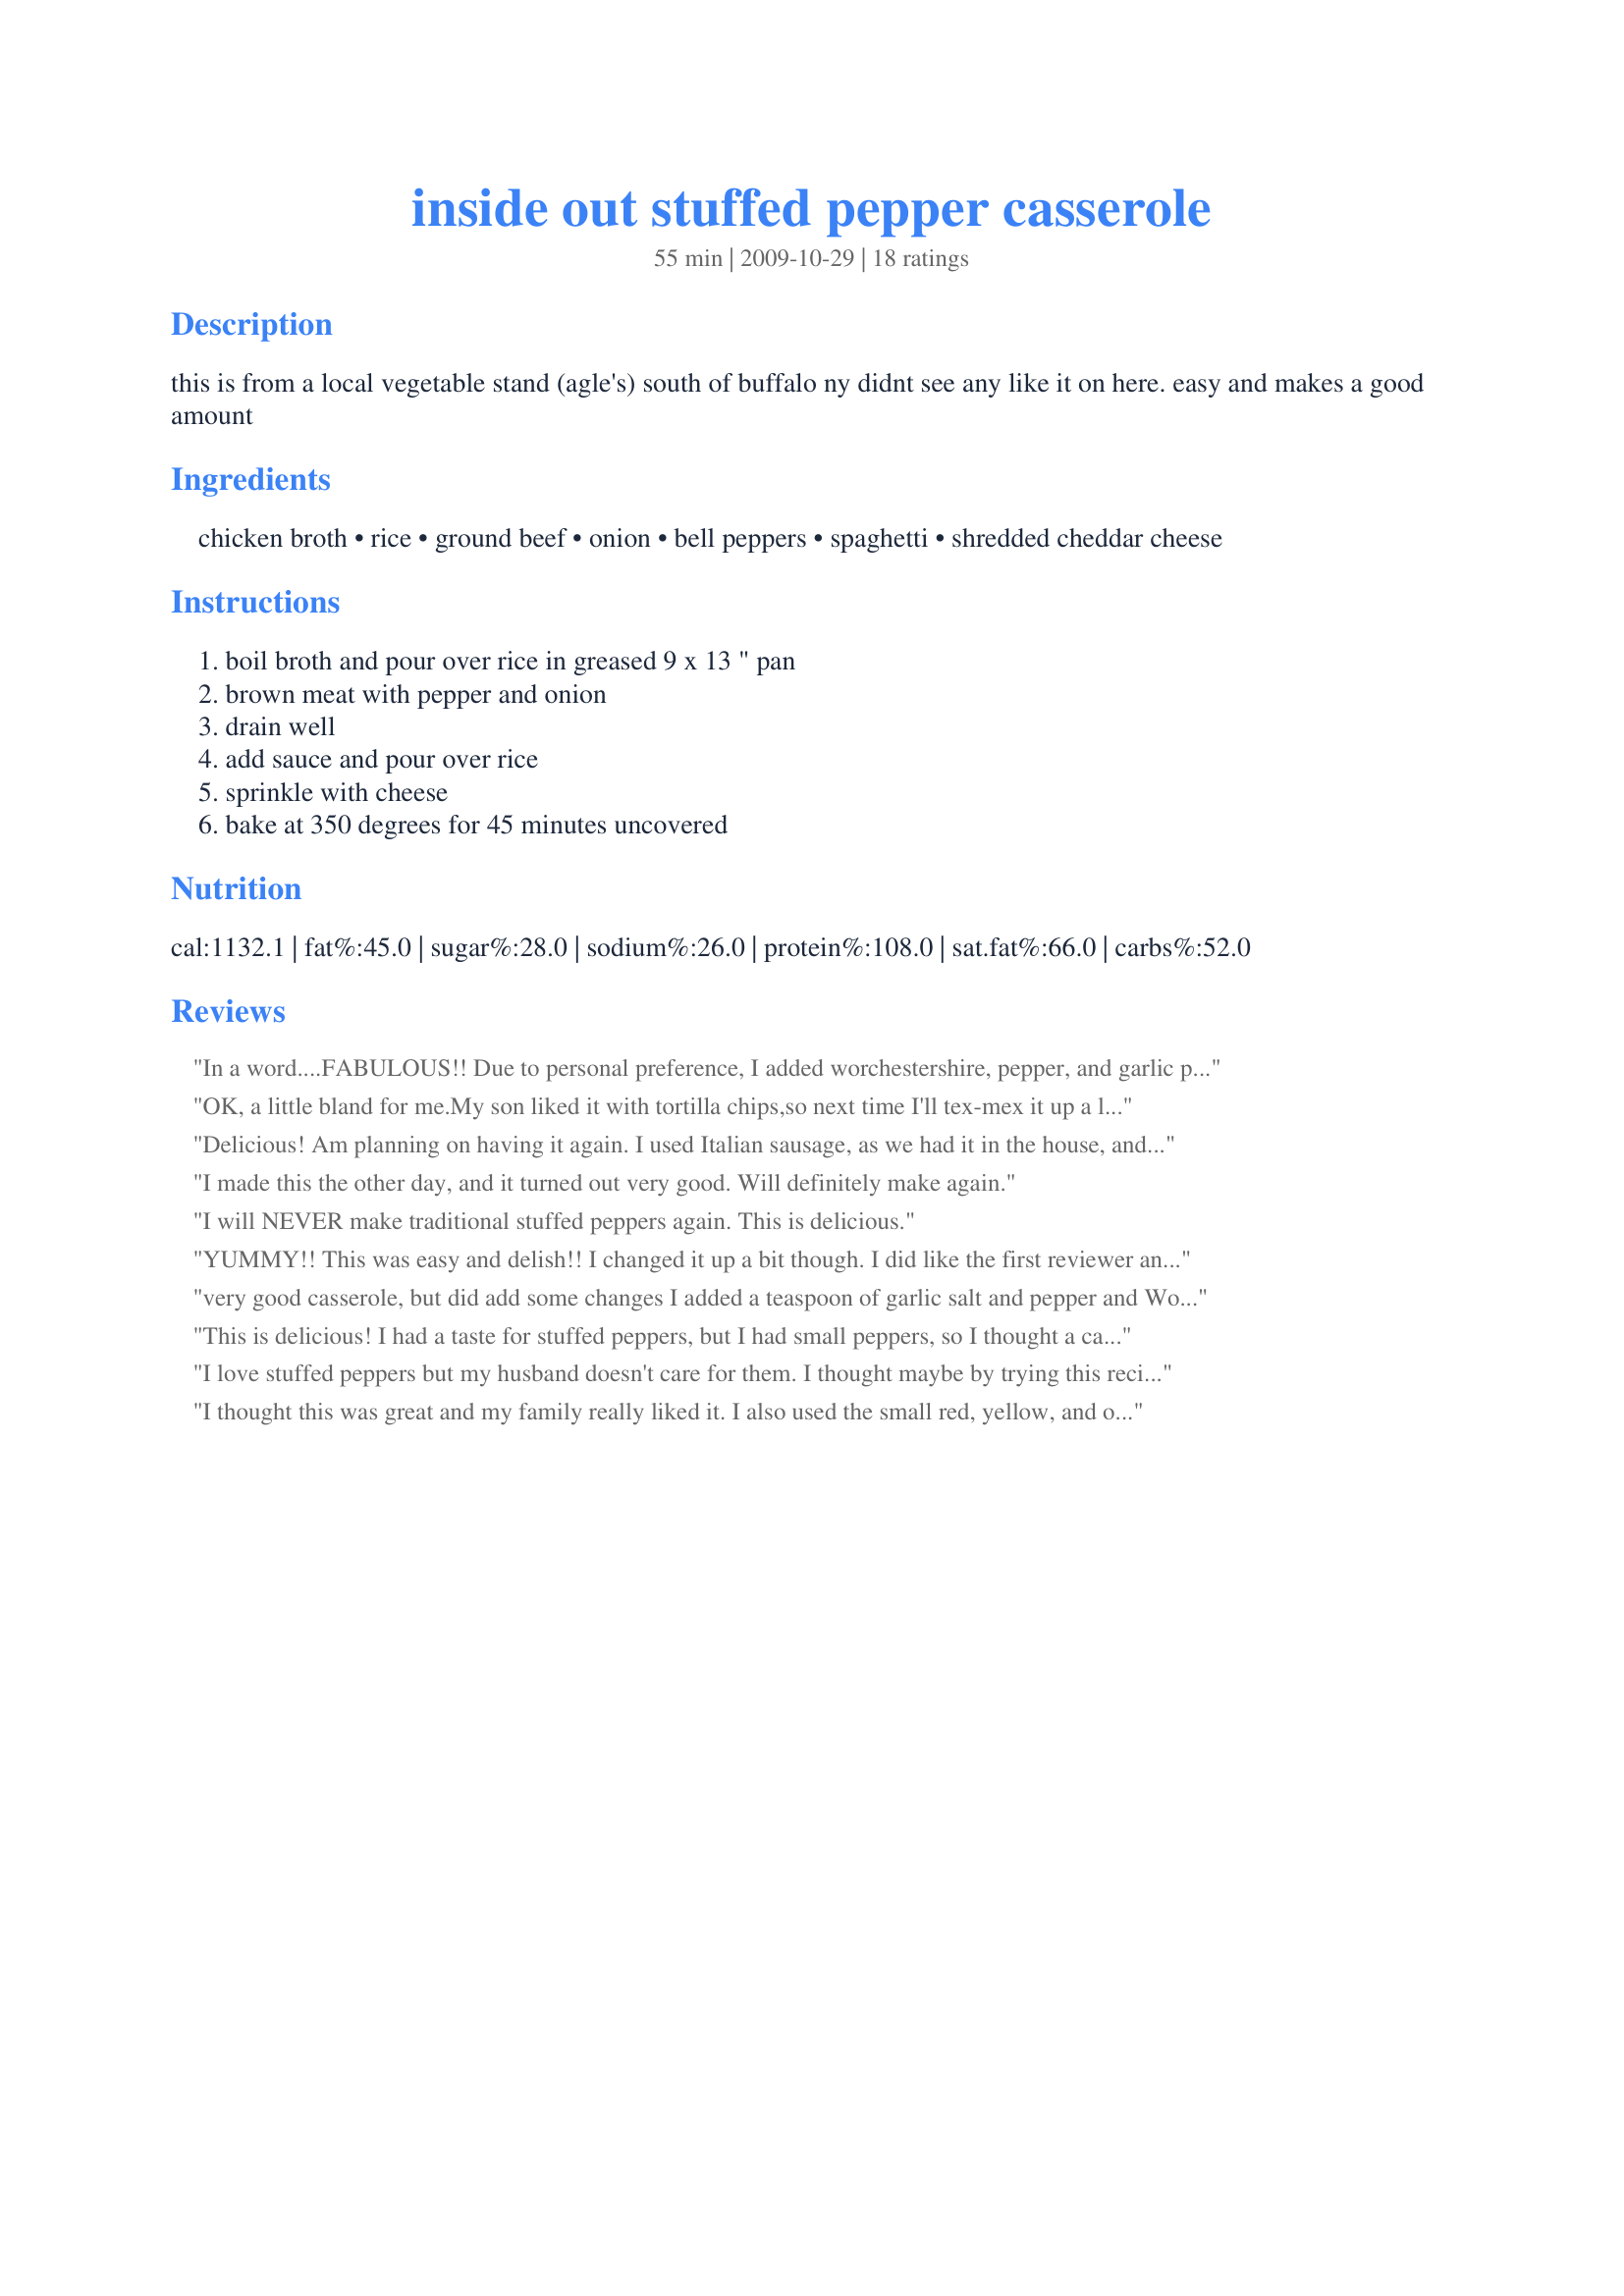
inside out stuffed pepper casserole
Preparation time: 55 minutes

this is from a local vegetable stand (agle's) south of buffalo ny
didnt see any like it on here.
easy and makes a good amount

Ingredients:
chicken broth, rice, ground beef, onion, bell peppers, spaghetti, shredded cheddar cheese

Steps:
boil broth and pour over rice in greased 9 x 13 " pan, brown meat with pepper and onion, drain well, add sauce and pour over rice, sprinkle with cheese, bake at 350 degrees for 45 minutes uncovered

Reviews:
In a word....FABULOUS!! Due to personal preference, I added worchestershire, pepper, and garlic powder.
OK, a little bland for me.My son liked it with tortilla chips,so next time I'll tex-mex it up a little!
Delicious! Am planning on having it again. I used Italian sausage, as we had it in the house, and per another reviewer, added 1 tsp. garlic powder, and 1 tsp. Worcestershire sauce. Thanks so much for this as I&#039;m not really a big fan of stuffed peppers, but this is great.
I made this the other day, and it turned out very good. Will definitely make again.
I will NEVER make traditional stuffed peppers again. This is delicious.
YUMMY!! This was easy and delish!! I changed it up a bit though. I did like the first reviewer and put Worcestershire sauce in with the meat peppers and onions as it cooked, I also added chopped garlic. I used ground venison instead of hamburger, and I cooked it on the stovetop in my dutch oven. It was easy, and tastes sooooo good. I only had 1 green pepper too and it was plenty for this recipe. The next time I make it though I will double the recipe because this is so good I don't think its enough for my family of five!
very good casserole, but did add some changes I added a teaspoon of garlic salt and pepper and Worchester sauce also added some diced carrots otherwise use the tomato sauce instead of the spaghetti sauce. Will definitely make again
This is delicious! I had a taste for stuffed peppers, but I had small peppers, so I thought a casserole type dish would be good to try. This is better than stuffed peppers! I don't know what it is, but we all thought that it was better, so this is definitely a keeper!
I love stuffed peppers but my husband doesn't care for them. I thought maybe by trying this recipe he would like it and I was RIGHT!!! He really liked it and so did I! It is easier to do than stuffing peppers because you just throw this together. Thanks for the great recipe!!!!! :)
I thought this was great and my family really liked it. I also used the small red, yellow, and orange bell peppers because that was what I had on hand. It went together fast and with minimal mess. I will definitely make this again!
Made this for my father-in-law who loves stuffed peppers but has a hard time eating the pepper in one piece. I used 2 cups of tomato sauce and it turned out perfect. It's also a very pretty casserole. Next time I will try putting in some canned diced tomatoes also. Much easier than stuffed peppers and just as good. Will definitely be making again.
This was a great recipe to tweak for what I had on hand....thank you Davis74. I used 2 bell peppers but will use 3 next time (diced in large pieces). I microwaved enough instant rice to use up the full can of chicken broth. I freeze cooked ground beef with onion in 1 lb increments, so I thawed one of those. I had about 1.5 cups of leftover spaghetti sauce from a few days ago(made from McCormicks Thick and Zesty packet, tomato sauce, water and ground beef), so I tossed that in and still used a small can of tomato sauce. I also added about 1-2 Tbsp of Worcestershire. After everything was mixed in one pan on the stove-top, I added a can of corn (my husband always mixes corn in with his stuffed peppers when I serve them together). I never baked this, but once it was heated through, I did serve it in a bowl with some grated cheese on top. I got two thumbs up from the husband. If he had more thumbs, I&#039;m sure I would have gotten those too.
Awesome!!!. I did tweak it a bit. Used red peppers instead of green. I added a small can of corn and a can of fire roasted diced tomatoes. The recipe had nothing about salt and pepper. I added a good amount of pepper and a small amount of salt. Also, about a tsp. of Montreal spicy steak seasoning (I put it in everything) and a tsp of Worcestershire sauce. I had to go back for seconds it was so good. WARNING: I bought meatloaf mix and half way through the recipe I read the label of ingredients. It contains wheat flour. Having Celiac disease, I can&#039;t have wheat flour. Thank god my store put the ingredients on the label and thank god I read them or I would have gotten really sick. I had to run back to the store an buy a pound of ground round. Thumbs up and this one is a keeper. Thank you!!!
This is a great recipe and one of my husband's favorites. Whenever I used to make stuffed peppers, we always ended up throwing them away because no one wanted to eat a mushy, floppy pepper. This was everything gets eaten. I do want to add that the nutritional info on this recipe is INSANELY off. Using 90% lean ground beef and standard white rice, the true nutritional info is as follows, assuming it's 4 servings. 535 calories, 49g carbs, 21g fat, 36g protein, 780mg sodium, 8g sugar
I was a bit dubious about the lack of seasoning in this dish, so I read then followed the suggestions for added garlic, onion powder and worchestershire. Used 1 each red and green pepper, plus I sliced instead of chopping. Next time I'll double the vegetables. I used one pan on top of the stove. Eye balled beef broth and low sodium V8, to cover the 1 cup instant brown rice. Cooked with lid on, then uncovered to reduce liquid. Simple and delicious. Plus, this is gluten free.
I had sliced a couple of peppers for salad and had quite a bit left over. I thought, &quot;Ah, perfect for a stuffed pepper casserole!&quot; This recipe was almost exactly what I was looking for. I ended up making some major adjustments, and my end result was scrumptious!
This is so yummy and easy to do. I used one green and one red bell pepper. I used 1 1/2 cup of a jar of spaghetti sauce. The rice was cooked to perfection. Thanks Davis for this yummy recipe :) Made for TYM tag game
This is great! I think it's better than the stuffed pepper recipe I have. I used ground bison and 1 1/2 cups of a jar of Classico tomato basil spaghetti sauce. I also added 1 teaspoon each of garlic powder and Worcestershire sauce to the meat, onions, and peppers as they were cooking. I also added a can of drained petite diced tomatoes, and the cheese I used was colby jack with bits of jalapeno, habenero, and chipotle chilies chopped up in it that I got at Sam's club. The baking time was perfect (I was worried the rice wouldn't be done, but it was fine!). This is a total keeper for me. Thanks so much for posting this!
